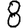
Digit: 8